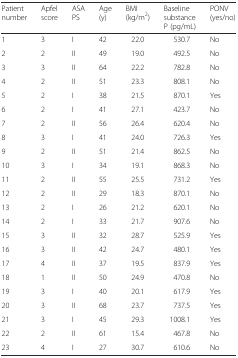
<table><thead><tr><td><b>Patient number</b></td><td><b>Apfel score</b></td><td><b>ASA PS</b></td><td><b>Age (y)</b></td><td><b>BMI (kg/m<sup>2</sup>)</b></td><td><b>Baseline substance P (pg/mL)</b></td><td><b>PONV (yes/no)</b></td></tr></thead><tbody><tr><td>1</td><td>3</td><td>I</td><td>42</td><td>22.0</td><td>530.7</td><td>No</td></tr><tr><td>2</td><td>2</td><td>II</td><td>49</td><td>19.0</td><td>492.5</td><td>No</td></tr><tr><td>3</td><td>3</td><td>II</td><td>64</td><td>22.2</td><td>782.8</td><td>No</td></tr><tr><td>4</td><td>2</td><td>II</td><td>51</td><td>23.3</td><td>808.1</td><td>No</td></tr><tr><td>5</td><td>2</td><td>I</td><td>38</td><td>21.5</td><td>870.1</td><td>Yes</td></tr><tr><td>6</td><td>2</td><td>I</td><td>41</td><td>27.1</td><td>423.7</td><td>No</td></tr><tr><td>7</td><td>2</td><td>II</td><td>56</td><td>26.4</td><td>620.4</td><td>No</td></tr><tr><td>8</td><td>3</td><td>I</td><td>41</td><td>24.0</td><td>726.3</td><td>Yes</td></tr><tr><td>9</td><td>2</td><td>II</td><td>51</td><td>21.4</td><td>862.5</td><td>No</td></tr><tr><td>10</td><td>3</td><td>I</td><td>34</td><td>19.1</td><td>868.3</td><td>No</td></tr><tr><td>11</td><td>2</td><td>II</td><td>55</td><td>25.5</td><td>731.2</td><td>Yes</td></tr><tr><td>12</td><td>2</td><td>II</td><td>29</td><td>18.3</td><td>870.1</td><td>No</td></tr><tr><td>13</td><td>2</td><td>I</td><td>26</td><td>21.2</td><td>620.1</td><td>No</td></tr><tr><td>14</td><td>2</td><td>I</td><td>33</td><td>21.7</td><td>907.6</td><td>No</td></tr><tr><td>15</td><td>3</td><td>II</td><td>32</td><td>28.7</td><td>525.9</td><td>Yes</td></tr><tr><td>16</td><td>3</td><td>II</td><td>42</td><td>24.7</td><td>480.1</td><td>Yes</td></tr><tr><td>17</td><td>4</td><td>II</td><td>37</td><td>19.5</td><td>837.9</td><td>Yes</td></tr><tr><td>18</td><td>1</td><td>II</td><td>50</td><td>24.9</td><td>470.8</td><td>No</td></tr><tr><td>19</td><td>3</td><td>I</td><td>40</td><td>20.1</td><td>617.9</td><td>Yes</td></tr><tr><td>20</td><td>3</td><td>II</td><td>68</td><td>23.7</td><td>737.5</td><td>Yes</td></tr><tr><td>21</td><td>3</td><td>I</td><td>45</td><td>29.3</td><td>1008.1</td><td>Yes</td></tr><tr><td>22</td><td>2</td><td>II</td><td>61</td><td>15.4</td><td>467.8</td><td>No</td></tr><tr><td>23</td><td>4</td><td>I</td><td>27</td><td>30.7</td><td>610.6</td><td>No</td></tr></tbody></table>